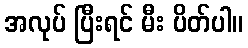
အလုပ် ပြီးရင် မီး ပိတ်ပါ။